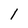
Character: 1